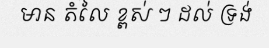
មាន តំលៃ ខ្ពស់ ៗ ដល់ ទ្រង់